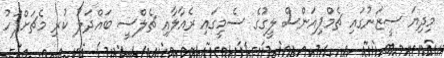
މިދިޔަ ސީޒަނުގައި ޗެމްޕިއަންސް ލީގުގެ ސެމީގައި ރެއާލާއި ޗެލްސީ ބައްދަލު ކުރި މެޗަށްފަހު